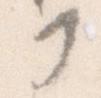
か